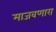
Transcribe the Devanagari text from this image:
माजवणारा